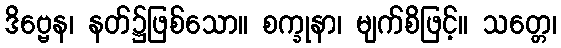
ဒိဗ္ဗေန၊ နတ်၌ဖြစ်သော။ စက္ခုနာ၊ မျက်စိဖြင့်။ သတ္တေ၊